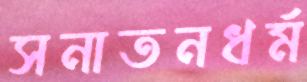
সনাতনধর্ম